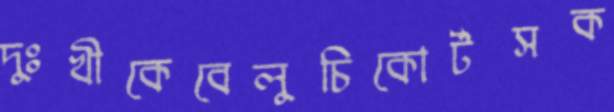
দুঃখীকেবেলুচিকোর্টসক